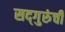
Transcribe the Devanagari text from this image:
सद्‍गुरुंची